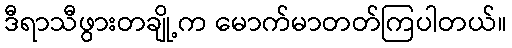
ဒီရာသီဖွားတချို့က မောက်မာတတ်ကြပါတယ်။